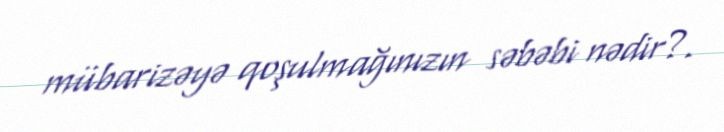
mübarizəyə qoşulmağınızın səbəbi nədir?.